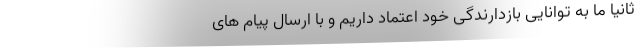
ثانیاً ما به توانایی بازدارندگی خود اعتماد داریم و با ارسال پیام های